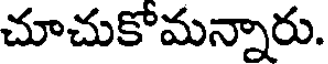
చూచుకోమన్నారు.